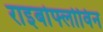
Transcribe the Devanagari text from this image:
राइबोफ्लोविन